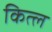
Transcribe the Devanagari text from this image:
कित्ल